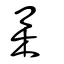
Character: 雧